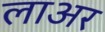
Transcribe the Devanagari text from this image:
लाअर